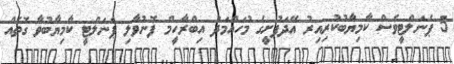
5 ޕެނަލްޓީވެސް ކާމިޔާބުކުރިއިރު އޭދަފުށީގެ މުހައްމަދު އިބްރާހީމް ފޮނުވާލި ޕެނަލްޓީ ކާމިޔާބުވާ ގޮތެއް